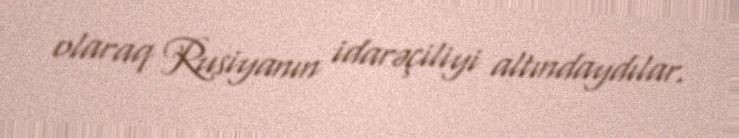
olaraq Rusiyanın idarəçiliyi altındaydılar.